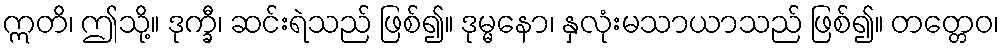
ဣတိ၊ ဤသို့။ ဒုက္ခီ၊ ဆင်းရဲသည် ဖြစ်၍။ ဒုမ္မနော၊ နှလုံးမသာယာသည် ဖြစ်၍။ တတ္တေဝ၊